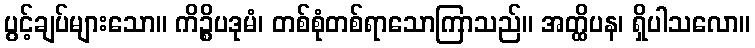
ပွင့်ချပ်များသော။ ကိဉ္စိပဒုမံ၊ တစ်စုံတစ်ရာသောကြာသည်။ အတ္ထိပန၊ ရှိပါသလော။